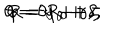
\theta = \theta _ { 0 } + \gamma , \hspace { 0 . 5 c m } \varphi = \varphi _ { 0 } + \delta , \hspace { 0 . 5 c m } R = R _ { 0 } + \zeta